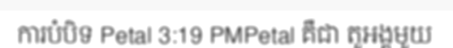
ការបំបិទ Petal 3:19 PMPetal គឺជា តួអង្គមួយ